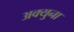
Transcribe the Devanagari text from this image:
अक्युना